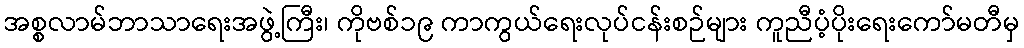
အစ္စလာမ်ဘာသာရေးအဖွဲ့ကြီး၊ ကိုဗစ်၁၉ ကာကွယ်ရေးလုပ်ငန်းစဉ်များ ကူညီပံ့ပိုးရေးကော်မတီမှ